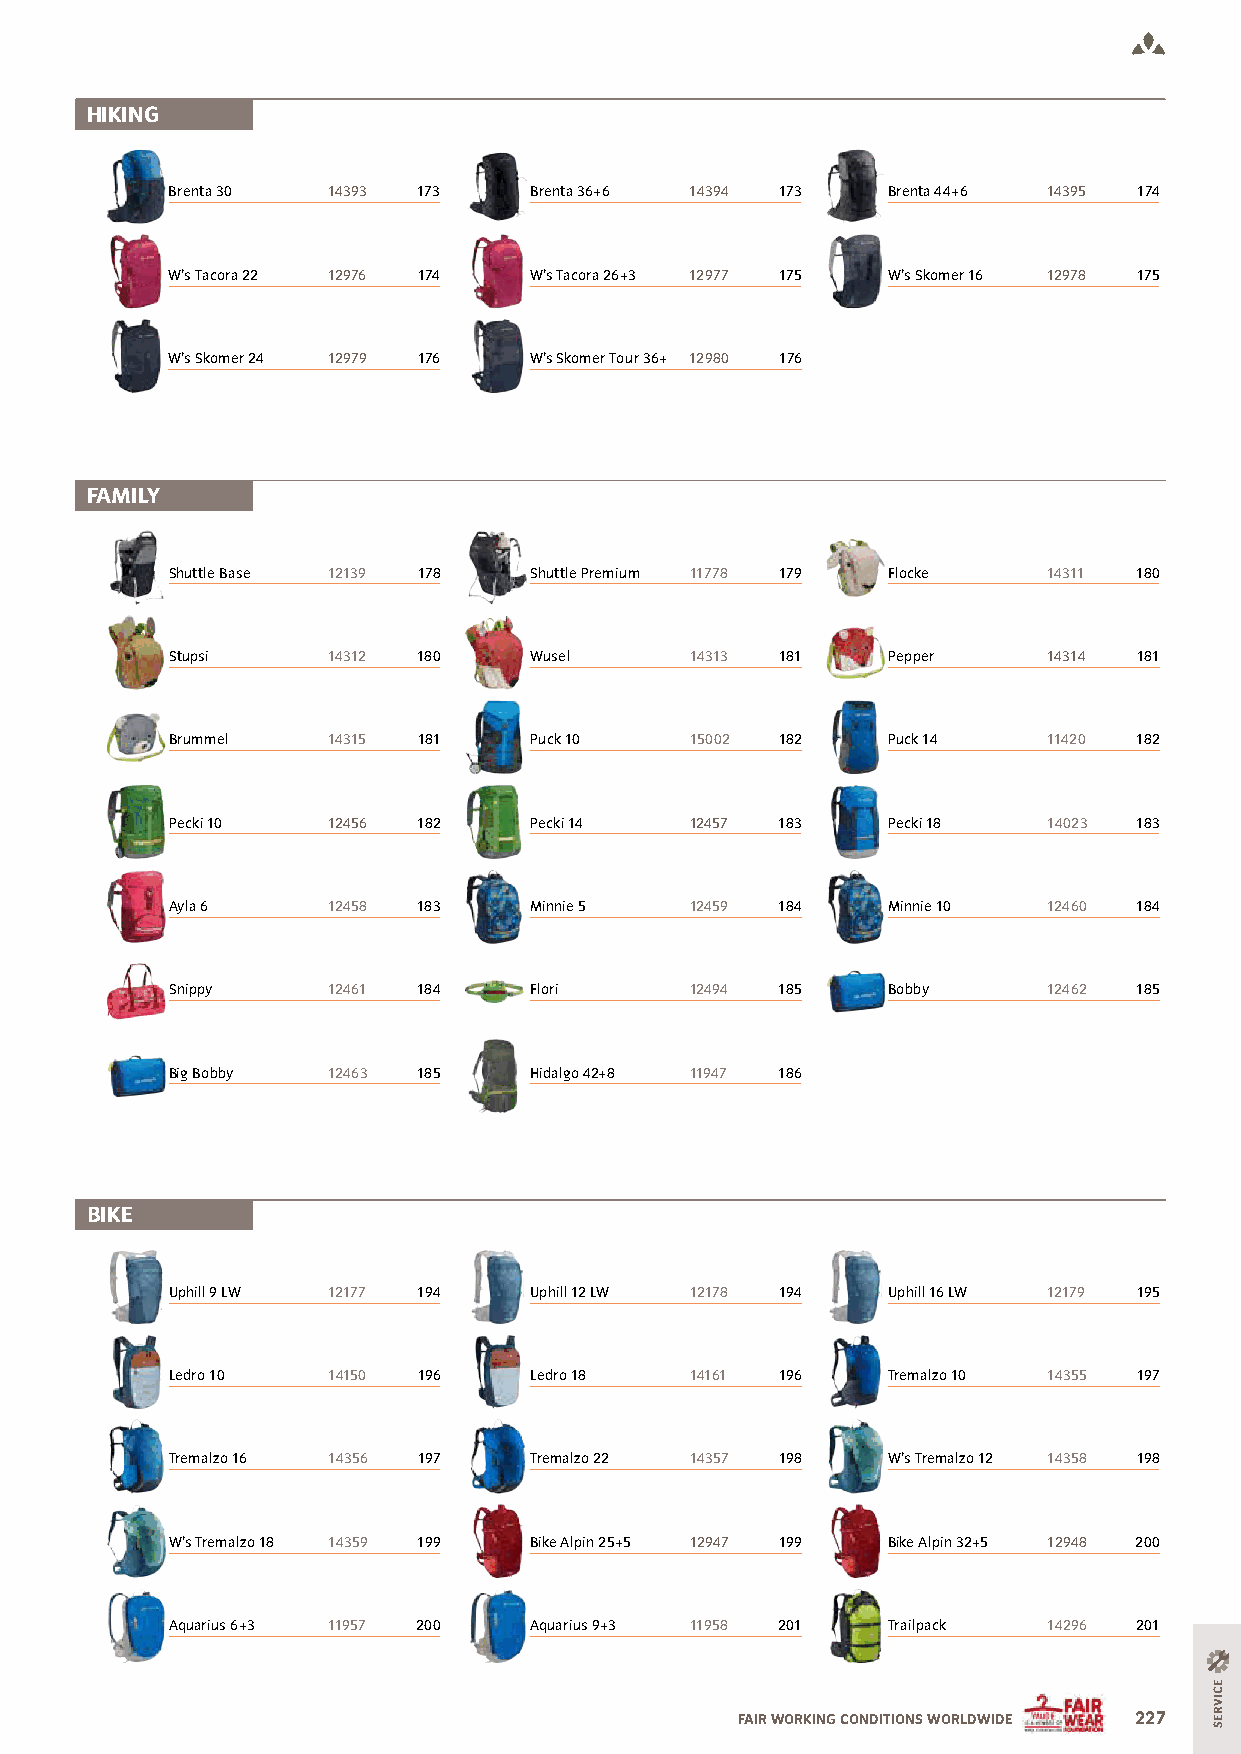
HIKING
 Brenta 30  14393 173    Brenta 36+6 14394 173   Brenta 44+6 14395 174
 W’s Tacora 22 12976 174 W’s Tacora 26+3 12977 175 W’s Skomer 16 12978 175
 W’s Skomer 24 12979 176 W’s Skomer Tour 36+ 12980 176
 FAMILY
 Shuttle Base 12139 178  Shuttle Premium 11778 179 Flocke  14311 180
 Stupsi     14312 180    Wusel      14313 181    Pepper    14314 181
 Brummel    14315 181    Puck 10    15002 182    Puck 14   11420 182
 Pecki 10   12456 182    Pecki 14   12457 183    Pecki 18  14023 183
 Ayla 6     12458 183    Minnie 5   12459 184    Minnie 10 12460 184
 Snippy     12461 184    Flori      12494 185    Bobby     12462 185
 Big Bobby  12463 185    Hidalgo 42+8 11947 186
 BIKE
 Uphill 9 LW 12177 194   Uphill 12 LW 12178 194  Uphill 16 LW 12179 195
 Ledro 10   14150 196    Ledro 18   14161 196    Tremalzo 10 14355 197
 Tremalzo 16 14356 197   Tremalzo 22 14357 198   W’s Tremalzo 12 14358 198
 W’s Tremalzo 18 14359 199 Bike Alpin 25+5 12947 199 Bike Alpin 32+5 12948 200
 Aquarius 6+3 11957 200  Aquarius 9+3 11958 201  Trailpack 14296 201
 FAIR WORKING CONDITIONS WORLDWIDE 227
 ECIVRES